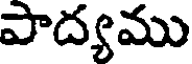
పాద్యము